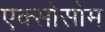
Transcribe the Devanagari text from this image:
एक्सोसोम